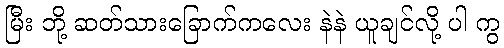
မြီး ဘို့ ဆတ်သားခြောက်ကလေး နဲနဲ ယူချင်လို့ ပါ ကွ